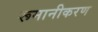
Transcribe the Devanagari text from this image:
रूमानीकरण